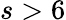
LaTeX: s>6